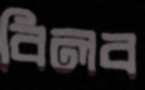
বিলব